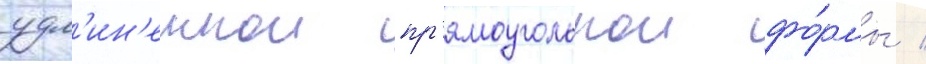
удл'ин'еннои пр'ямоугольнои фо́рмы /